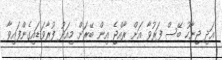
އަދި ޖިނާހު ބޭސް ފަރުވާ އަށް ރާއްޖެ އިން ބޭރަށް މިއަދު ފުރާވަޑައިގެންފައިވާ